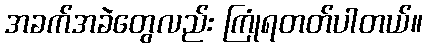
အခက်အခဲတွေလည်း ကြုံရတတ်ပါတယ်။